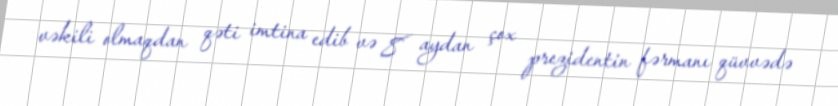
vəkili olmaqdan qəti imtina edib və 8 aydan çox prezidentin fərmanı qüvvədə